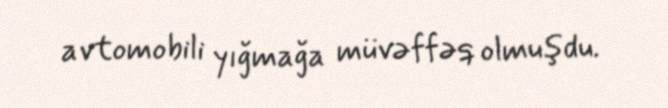
avtomobili yığmağa müvəffəq olmuşdu.